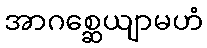
အာဂစ္ဆေယျာမဟံ